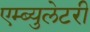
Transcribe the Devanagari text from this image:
एम्ब्युलेटरी